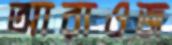
আরাওজ